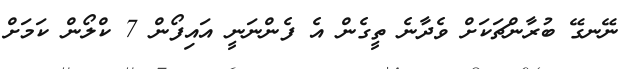
ނޭނގޭ ބުރާންޗަކަށް ވެދާނެ ތީގެން އެ ފެންނަނީ އައިފޯން 7 ކްލޯން ކަމަށް